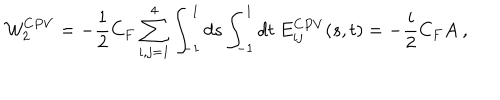
{ \cal W } _ { 2 } ^ { C P V } = - { \frac { 1 } { 2 } } C _ { F } \sum _ { i , j = 1 } ^ { 4 } \int _ { - 1 } ^ { 1 } d s \int _ { - 1 } ^ { 1 } d t \ E _ { i j } ^ { C P V } ( s , t ) = - { \frac { i } { 2 } } C _ { F } A \ ,